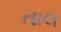
તાલ